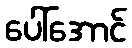
ပေါ်အောင်